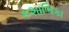
કશાભિકા